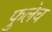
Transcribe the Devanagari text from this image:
फुलेच